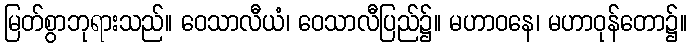
မြတ်စွာဘုရားသည်။ ဝေသာလီယံ၊ ဝေသာလီပြည်၌။ မဟာဝနေ၊ မဟာဝုန်တော၌။